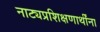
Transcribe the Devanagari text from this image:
नाट्यप्रशिक्षणार्थींना